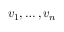
v _ { 1 } , \dots , v _ { n }